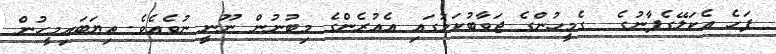
ފަހެ އެކަލޭގެފާނުގެ  ގެމީހުންގެ ޖަވާބުކަމުގައި އެއުރެންގެ މިބުނުން ނޫނީ ނުވެއެވެ. ތިޔަބައިމީހުން